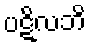
ပဋိလဘိ